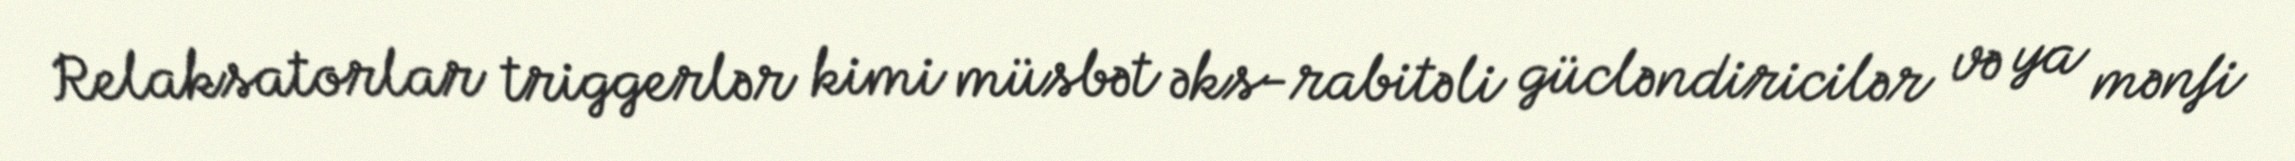
Relaksatorlar triggerlər kimi müsbət əks-rabitəli gücləndiricilər və ya mənfi